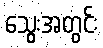
သွေးအတွင်း